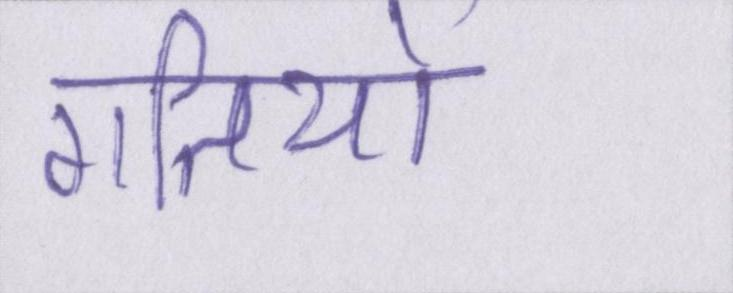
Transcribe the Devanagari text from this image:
गतियों